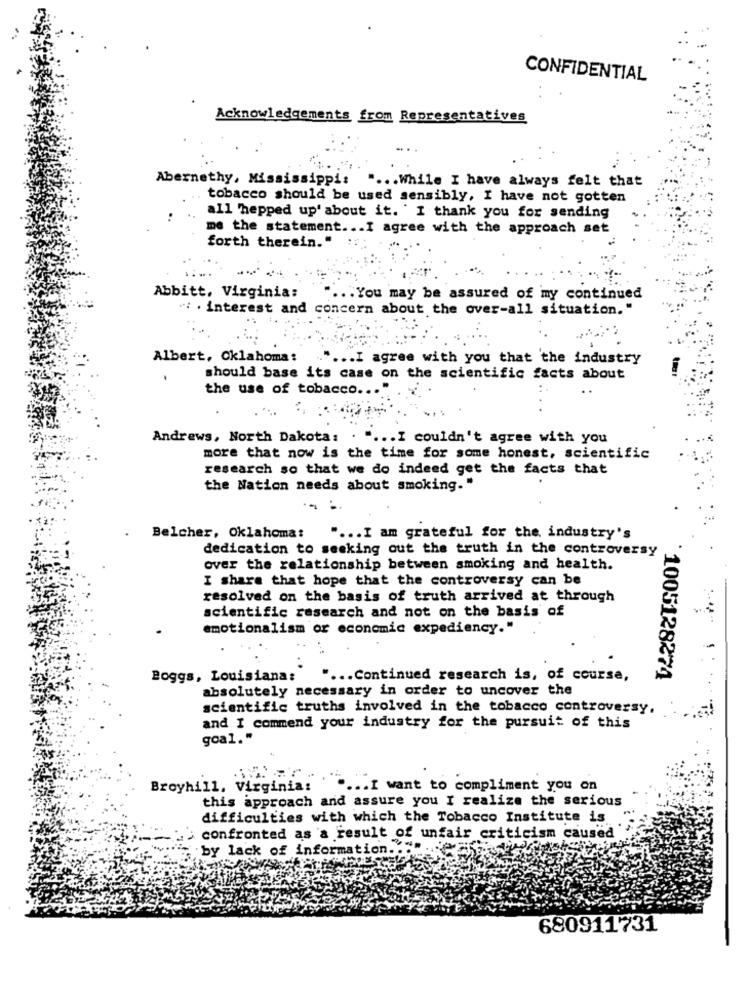
CONFIDENTIAL
Acknowledgements from Representatives
Abernethy, Mississippi:
.. While I have always felt that
tobacco should be used sensibly, I have not gotten
all 'hepped up' about it. I thank you for sending
me the statement ... I agree with the approach set
forth therein."
Abbitt. Virginia:
.. You may be assured of my continued
" . interest and concern about the over-all situation."
Albert, Oklahoma: " ... I agree with you that the industry
should base its case on the scientific facts about
the use of tobacco ..
Andrews, North Dakota:
.I couldn't agree with you
more that now is the time for some honest, scientific
research so that we do indeed get the facts that
the Nation needs about smoking."
- -
Belcher, Oklahoma:
" ... I am grateful for the industry's
dedication to seeking out the truth in the controversy
over the relationship between smoking and health.
I share that hope that the controversy can be
resolved on the basis of truth arrived at through
scientific research and not on the basis of
emotionalism or economic expediency."
Boggs, Louisiana:
" ... Continued research is, of course,
*1005128274
absolutely necessary in order to uncover the
scientific truths involved in the tobacco controversy,
and I commend your industry for the pursuit of this
goal."
Broyhill, Virginia:
.... I want to compliment you on
this approach and assure you I realize the serious
difficulties with which the Tobacco Institute is
confronted as a result of unfair criticism caused
by lack of information ..
680911731